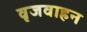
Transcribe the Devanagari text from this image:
वृजवाहन